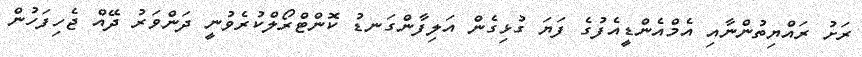
ރަށު ރައްޔިތުންނާއި އެމްއެންޑީއެފުގެ ފަޔަ ގުޅިގެން އަލިފާންގަނޑު ކޮންޓްރޯލްކުރެވުނީ ދަންވަރު ދޭއް ޖެހިފަހުން